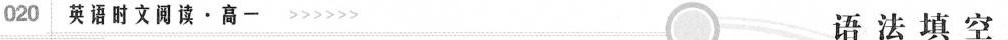
020 英语时文阅读·高->>>>> 语 法 填 空